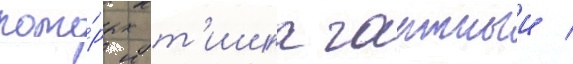
кото́рых т'ишка гартныи /